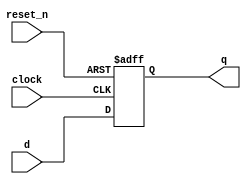
module  dff
#(
    parameter RSTVAL = 1'b0
)
(
    input reset_n,
    input clock,
    input d,
    output q
);
reg q_r;

always @(posedge clock, negedge reset_n) begin
    if(~reset_n)
    begin
       q_r <= RSTVAL;
    end
    else
    begin
       q_r <= d; 
    end
end

assign q = q_r;

endmodule